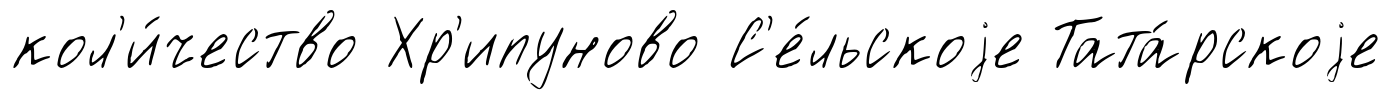
кол'и́чество Хр'ипуново С'е́льскоjе Тата́рскоjе